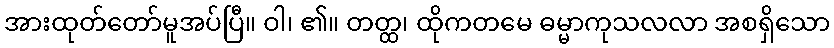
အားထုတ်တော်မူအပ်ပြီ။ ဝါ၊ ၏။ တတ္ထ၊ ထိုကတမေ ဓမ္မာကုသလလာ အစရှိသော